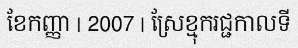
ខែកញ្ញា | 2007 | ស្រែខ្មុករជ្ជកាលទី